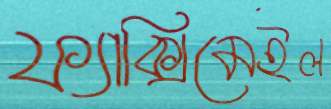
ফ্যাক্সিমেইল